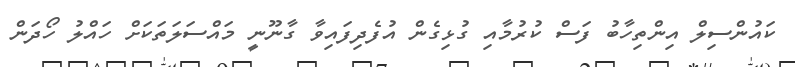
ކައުންސިލް އިންތިހާބު ފަސް ކުރުމާއި ގުޅިގެން އުފެދިފައިވާ ގާނޫނީ މައްސަލަތަކަށް ހައްލު ހޯދަން